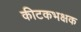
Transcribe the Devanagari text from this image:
कीटकभक्षक